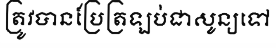
ត្រូវបានប្រែត្រឡប់ជាសូន្យទៅ